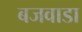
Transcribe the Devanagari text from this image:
बजवाडा